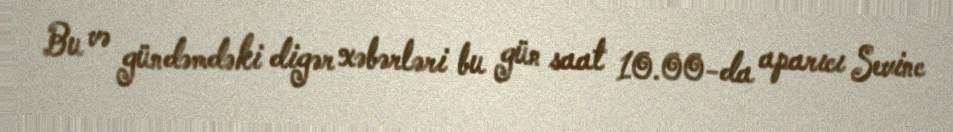
Bu və gündəmdəki digər xəbərləri bu gün saat 10.00-da aparıcı Sevinc